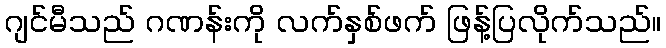
ဂျင်မီသည် ဂဏန်းကို လက်နှစ်ဖက် ဖြန့်ပြလိုက်သည်။